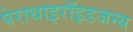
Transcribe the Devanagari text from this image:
पेराथाइरॉइडजन्य